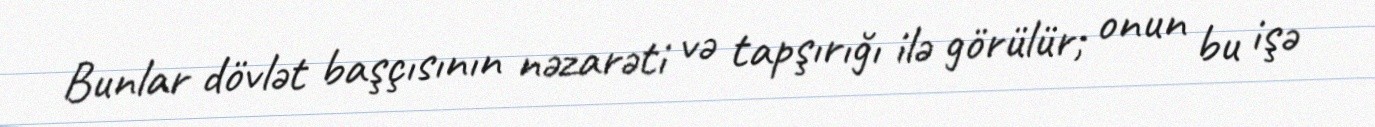
Bunlar dövlət başçısının nəzarəti və tapşırığı ilə görülür; onun bu işə